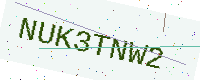
Text: NUK3TNW2